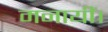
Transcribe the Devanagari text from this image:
मनायीं।